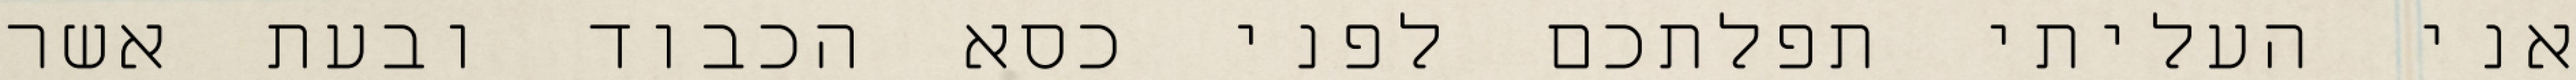
אני העליתי תפלתכם לפני כסא הכבוד ובעת אשר